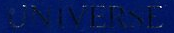
ONIVERSE